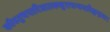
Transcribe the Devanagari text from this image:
कौस्तुभपारिजातकसुराधन्वन्तरिश्चन्द्रमाः।